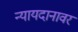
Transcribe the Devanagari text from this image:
न्यायदानावर